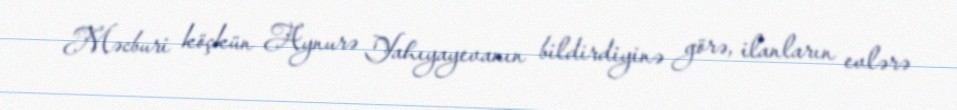
Məcburi köçkün Aynurə Yahıyayevanın bildirdiyinə görə, ilanların evlərə